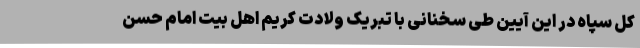
کل سپاه در این آیین طی سخنانی با تبریک ولادت کریم اهل بیت امام حسن